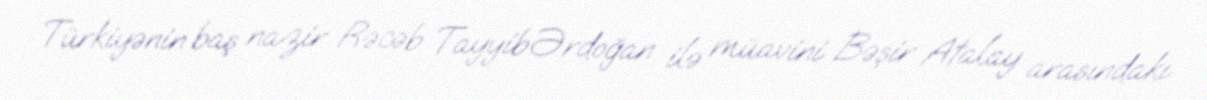
Türkiyənin baş nazir Rəcəb Tayyib Ərdoğan ilə müavini Bəşir Atalay arasındakı